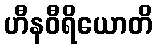
ဟီနဝီရိယောတိ